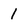
Character: I